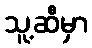
သူ့ဆီမှာ